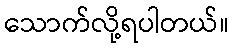
သောက်လို့ရပါတယ်။